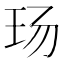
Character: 玚